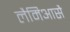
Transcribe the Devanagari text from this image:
लैमिआसै